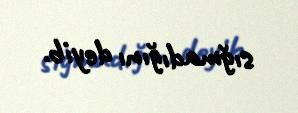
sığmadığını deyib.